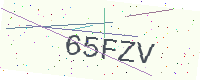
Text: 65FZV